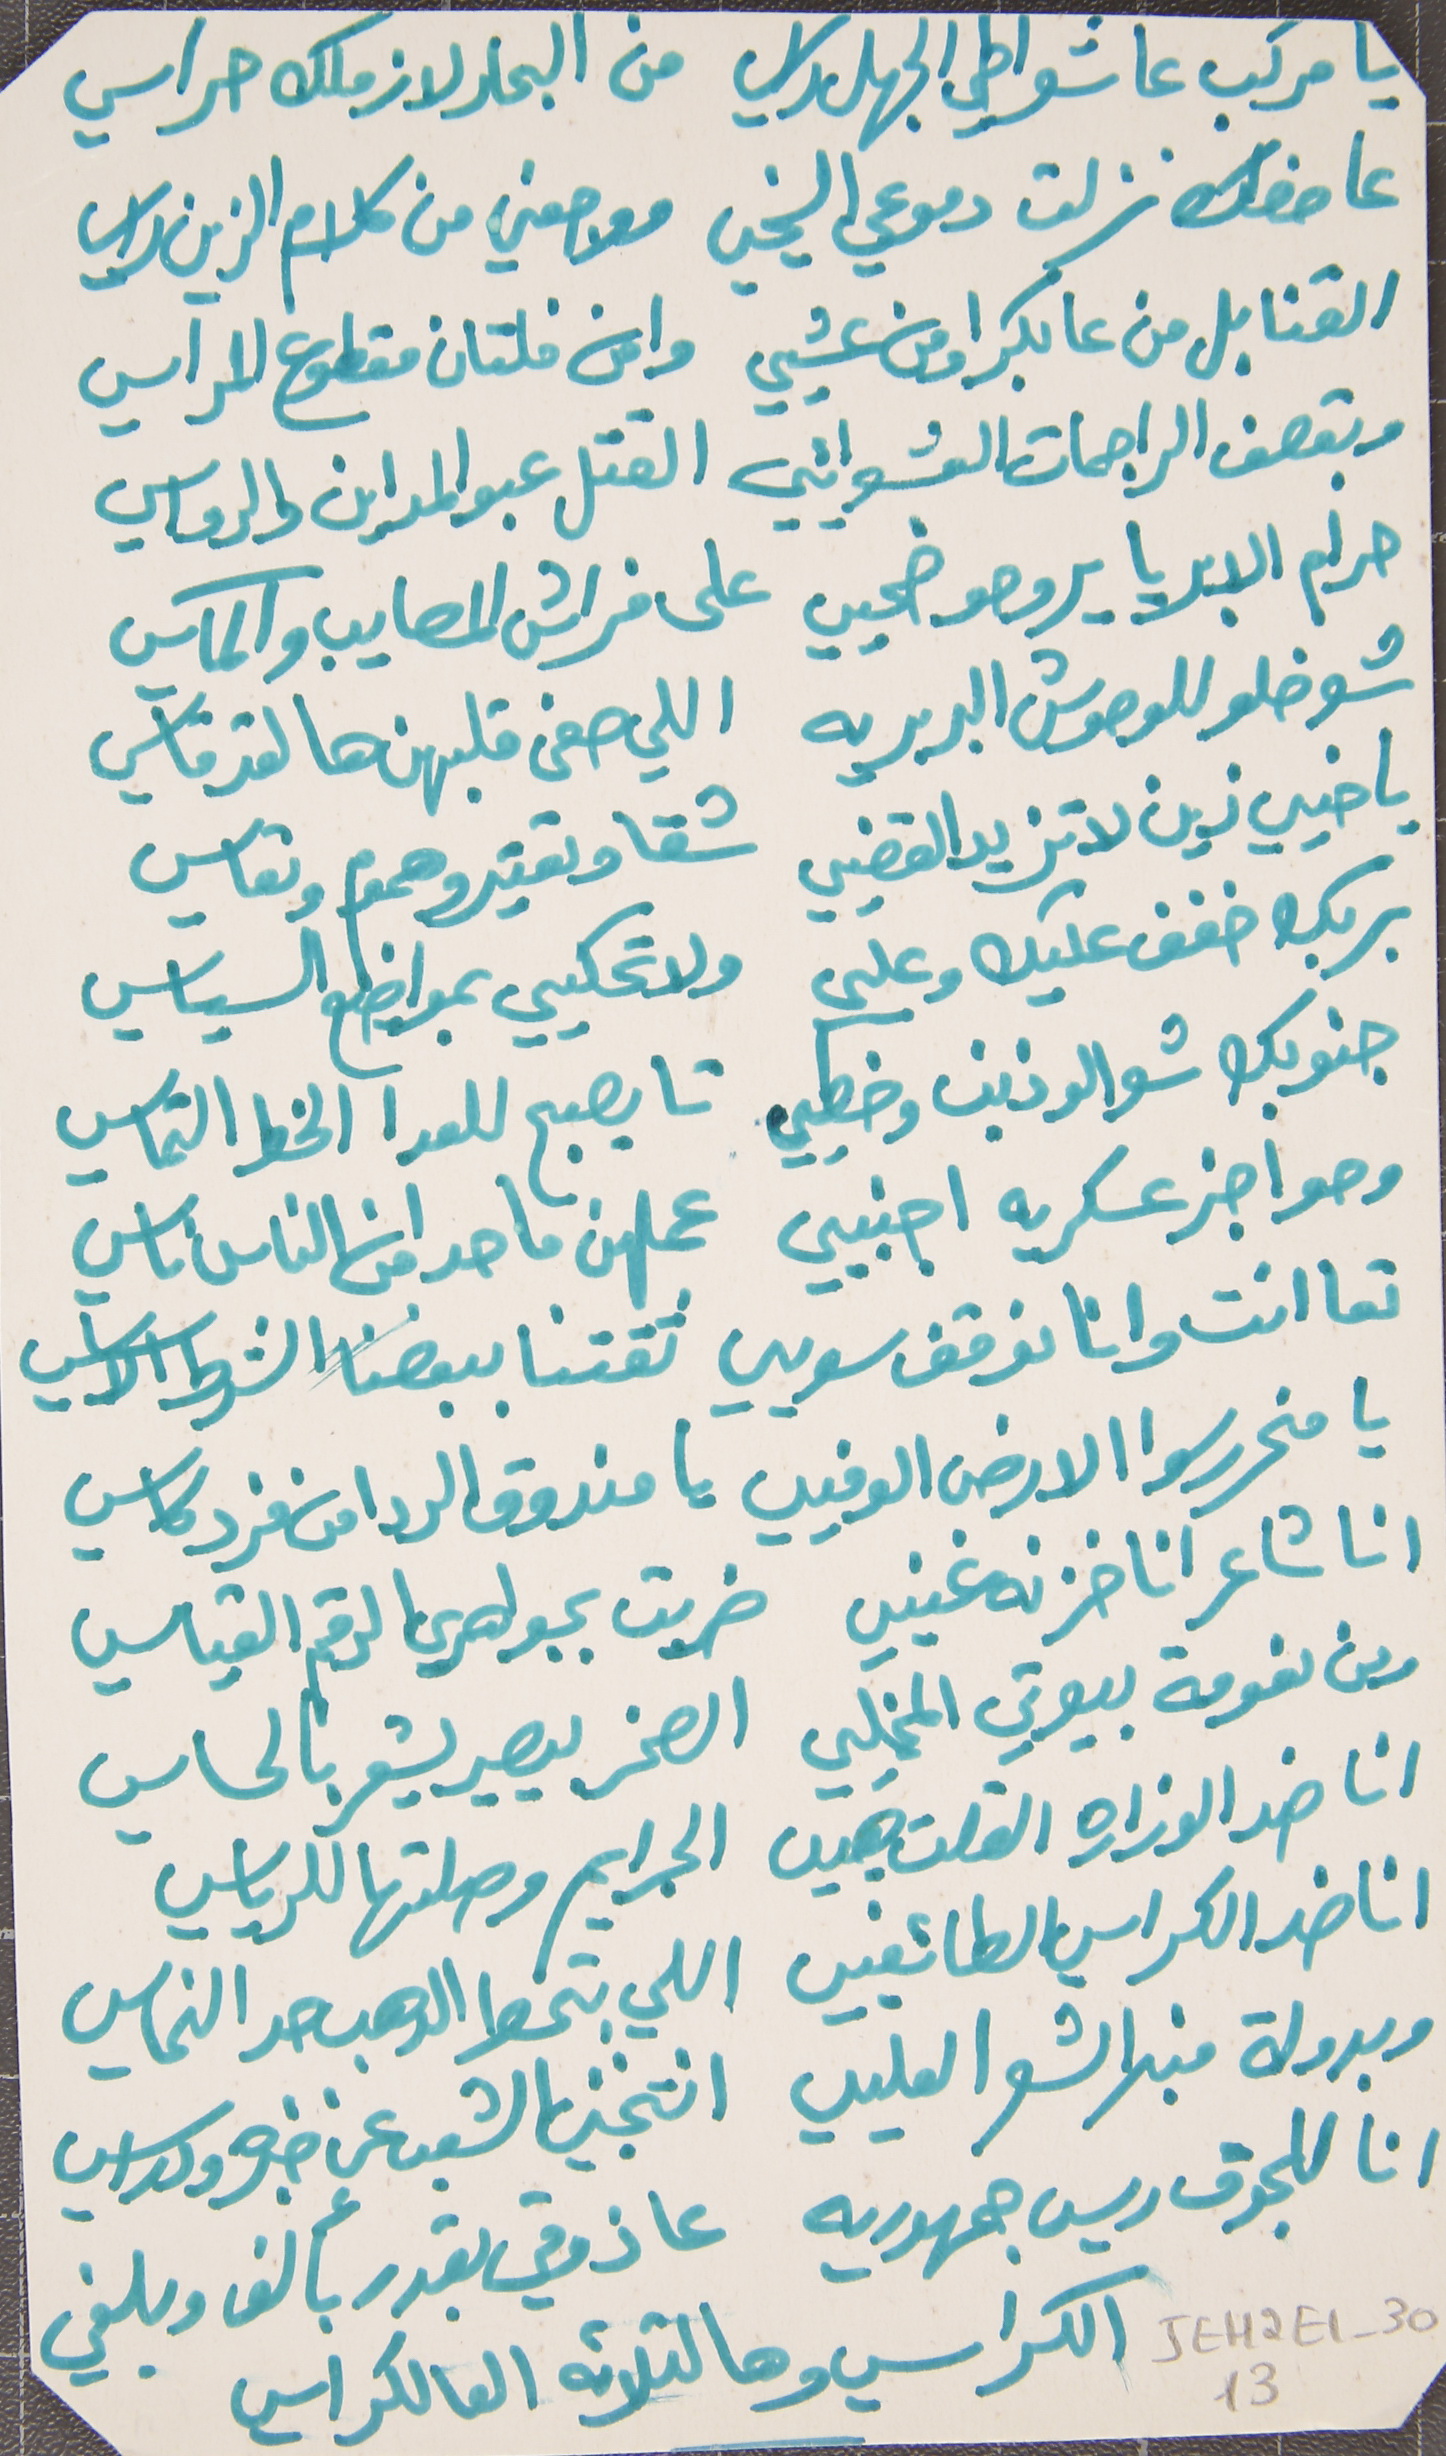
يا مركب عا شواطي الجهل راسي   من البحار لازملك حراسي
عا خدك نزلت دموعي السخيي   موجعني من كلام الزين راسي
القنابل من عا بكرا ومن عشيي   وامن فلتان مقطوع المراسي
وبقصف الراجمات العشوائيي   القتل عبو المداين والرواسي
حرام الابريا يروحو ضحيي   على فراش المصايب والمآسي
شو خلو للوحوش البربريه   اللي صفى قلبهن هالقد قاسي
يا خيي زين لا تزيد القضيي    شقا وتعتير وهموم وتعاسي
بربك خفف عليك وعليي   ولا تحكيي بمواضيع السياسي
جنوبك شو الو ذنب وخطيي   تا يصبح للعدا الخط التماسي
وحواجز عسكريه اجنبيي   عملهن ما حدا من الناس ناسي
تعا انت وانا نوقف سويي   ثقتنا ببعضنا الشرط الاساسي
يا منحرر سوا الارض الوفيي   يا مندوق الردا من فرد كاسي
انا شاعر انا خزنه غنيي   ضربت بجواهري الرقم القياسي
 وين نعومة بيوتي المخليي   الصخر بيصير يشعر بالحساسي
انا ضد الوزاره القلت هيي   الجرايم وصلتها للرياسي
 انا ضد الكراسي الطائفيي   اللي بتحط الدهب حد النحاسي
وبدولة منبر الشعر العليي   انتخبني الشعب عن خبره ودراسي
انا للجوق ريس جمهوريه   عا ذوقي بقدر بألف وبلغي
الكراسي وهالتلاته العالكراسي
JEH2E1-3013